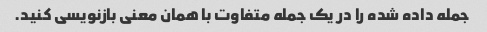
جمله داده شده را در یک جمله متفاوت با همان معنی بازنویسی کنید.